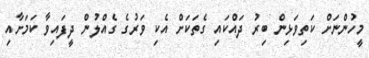
މީހުންނަށް ކަތިވަޅިން ބިރު ދައްކައި ގެތަކަށް އެކި ވަރުގެ ގެއްލުން ދީފައިވާ ކަމަށާއި